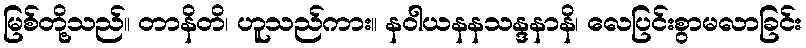
မြစ်တို့သည်။ တာနိတိ၊ ဟူသည်ကား။ နဝါယနနသန္ဒနာနိ၊ လေပြင်းစွာမလာခြင်း